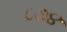
૮૭૪